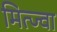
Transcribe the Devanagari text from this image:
मित्ज्वा